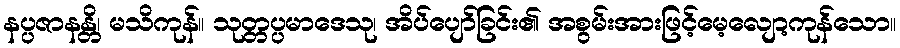
နပ္ပဇာနန္တိ၊ မသိကုန်။ သုတ္တပ္ပမာဒေသု၊ အိပ်ပျော်ခြင်း၏ အစွမ်းအားဖြင့်မေ့လျော့ကုန်သော။